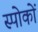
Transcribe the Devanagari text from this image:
स्पोकों